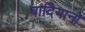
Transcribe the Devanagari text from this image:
बादियानो